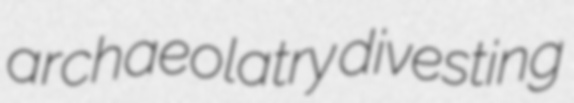
archaeolatry divesting